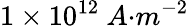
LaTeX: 1\times{10}^{12}\ {A}{{·}}{{m}}^{{-2}}